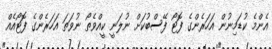
އެންމެ ކުޑަމިނުން އަހަރެންގެ ފޮޓޯ ފޭސްބުކަށް ނުލަނީ ކީއްވެތޯ ނުވަތަ އަހަރެންގެ ފޮޓޯއެއް